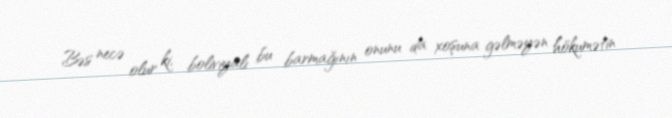
Bəs necə olur ki, boliviyalı bu barmağının onunu da xoşuna gəlməyən hökumətin